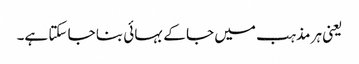
یعنی ہر مذہب میں جا کے بہائی بنا جا سکتا ہے۔